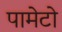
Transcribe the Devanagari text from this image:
पामेटो